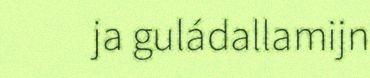
ja guládallamijn